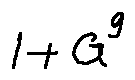
1 + G ^ { g }